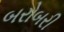
બરોબરી